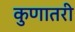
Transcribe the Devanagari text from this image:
कुणातरी